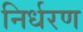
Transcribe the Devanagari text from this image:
निर्धरण